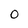
Character: 0